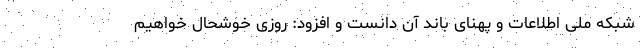
شبکه ملی اطلاعات و پهنای باند آن دانست و افزود: روزی خوشحال خواهیم